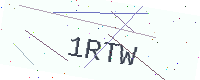
Text: 1RTW